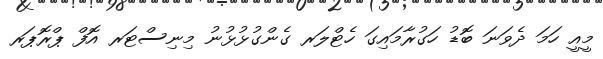
މީއީ ހަމަ ދެވަނަ ބޮޑު ހަގުރާމައިގަ ހެޓްލަރ ގެންގުޅުޅުނު މިނިސްޓަރ އޮފް ޕްރޮޕަރ